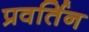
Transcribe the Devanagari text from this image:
प्रवर्तिन